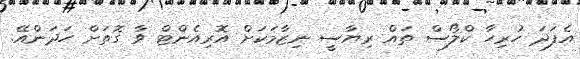
އެފަދަ ހުރިހާ ކްލޯސް ތައް ރިޔާސީ ނިޒާމަކަށް އޮރިއެންޓް ވާ ގޮތަށް ހަދަންއޭ.